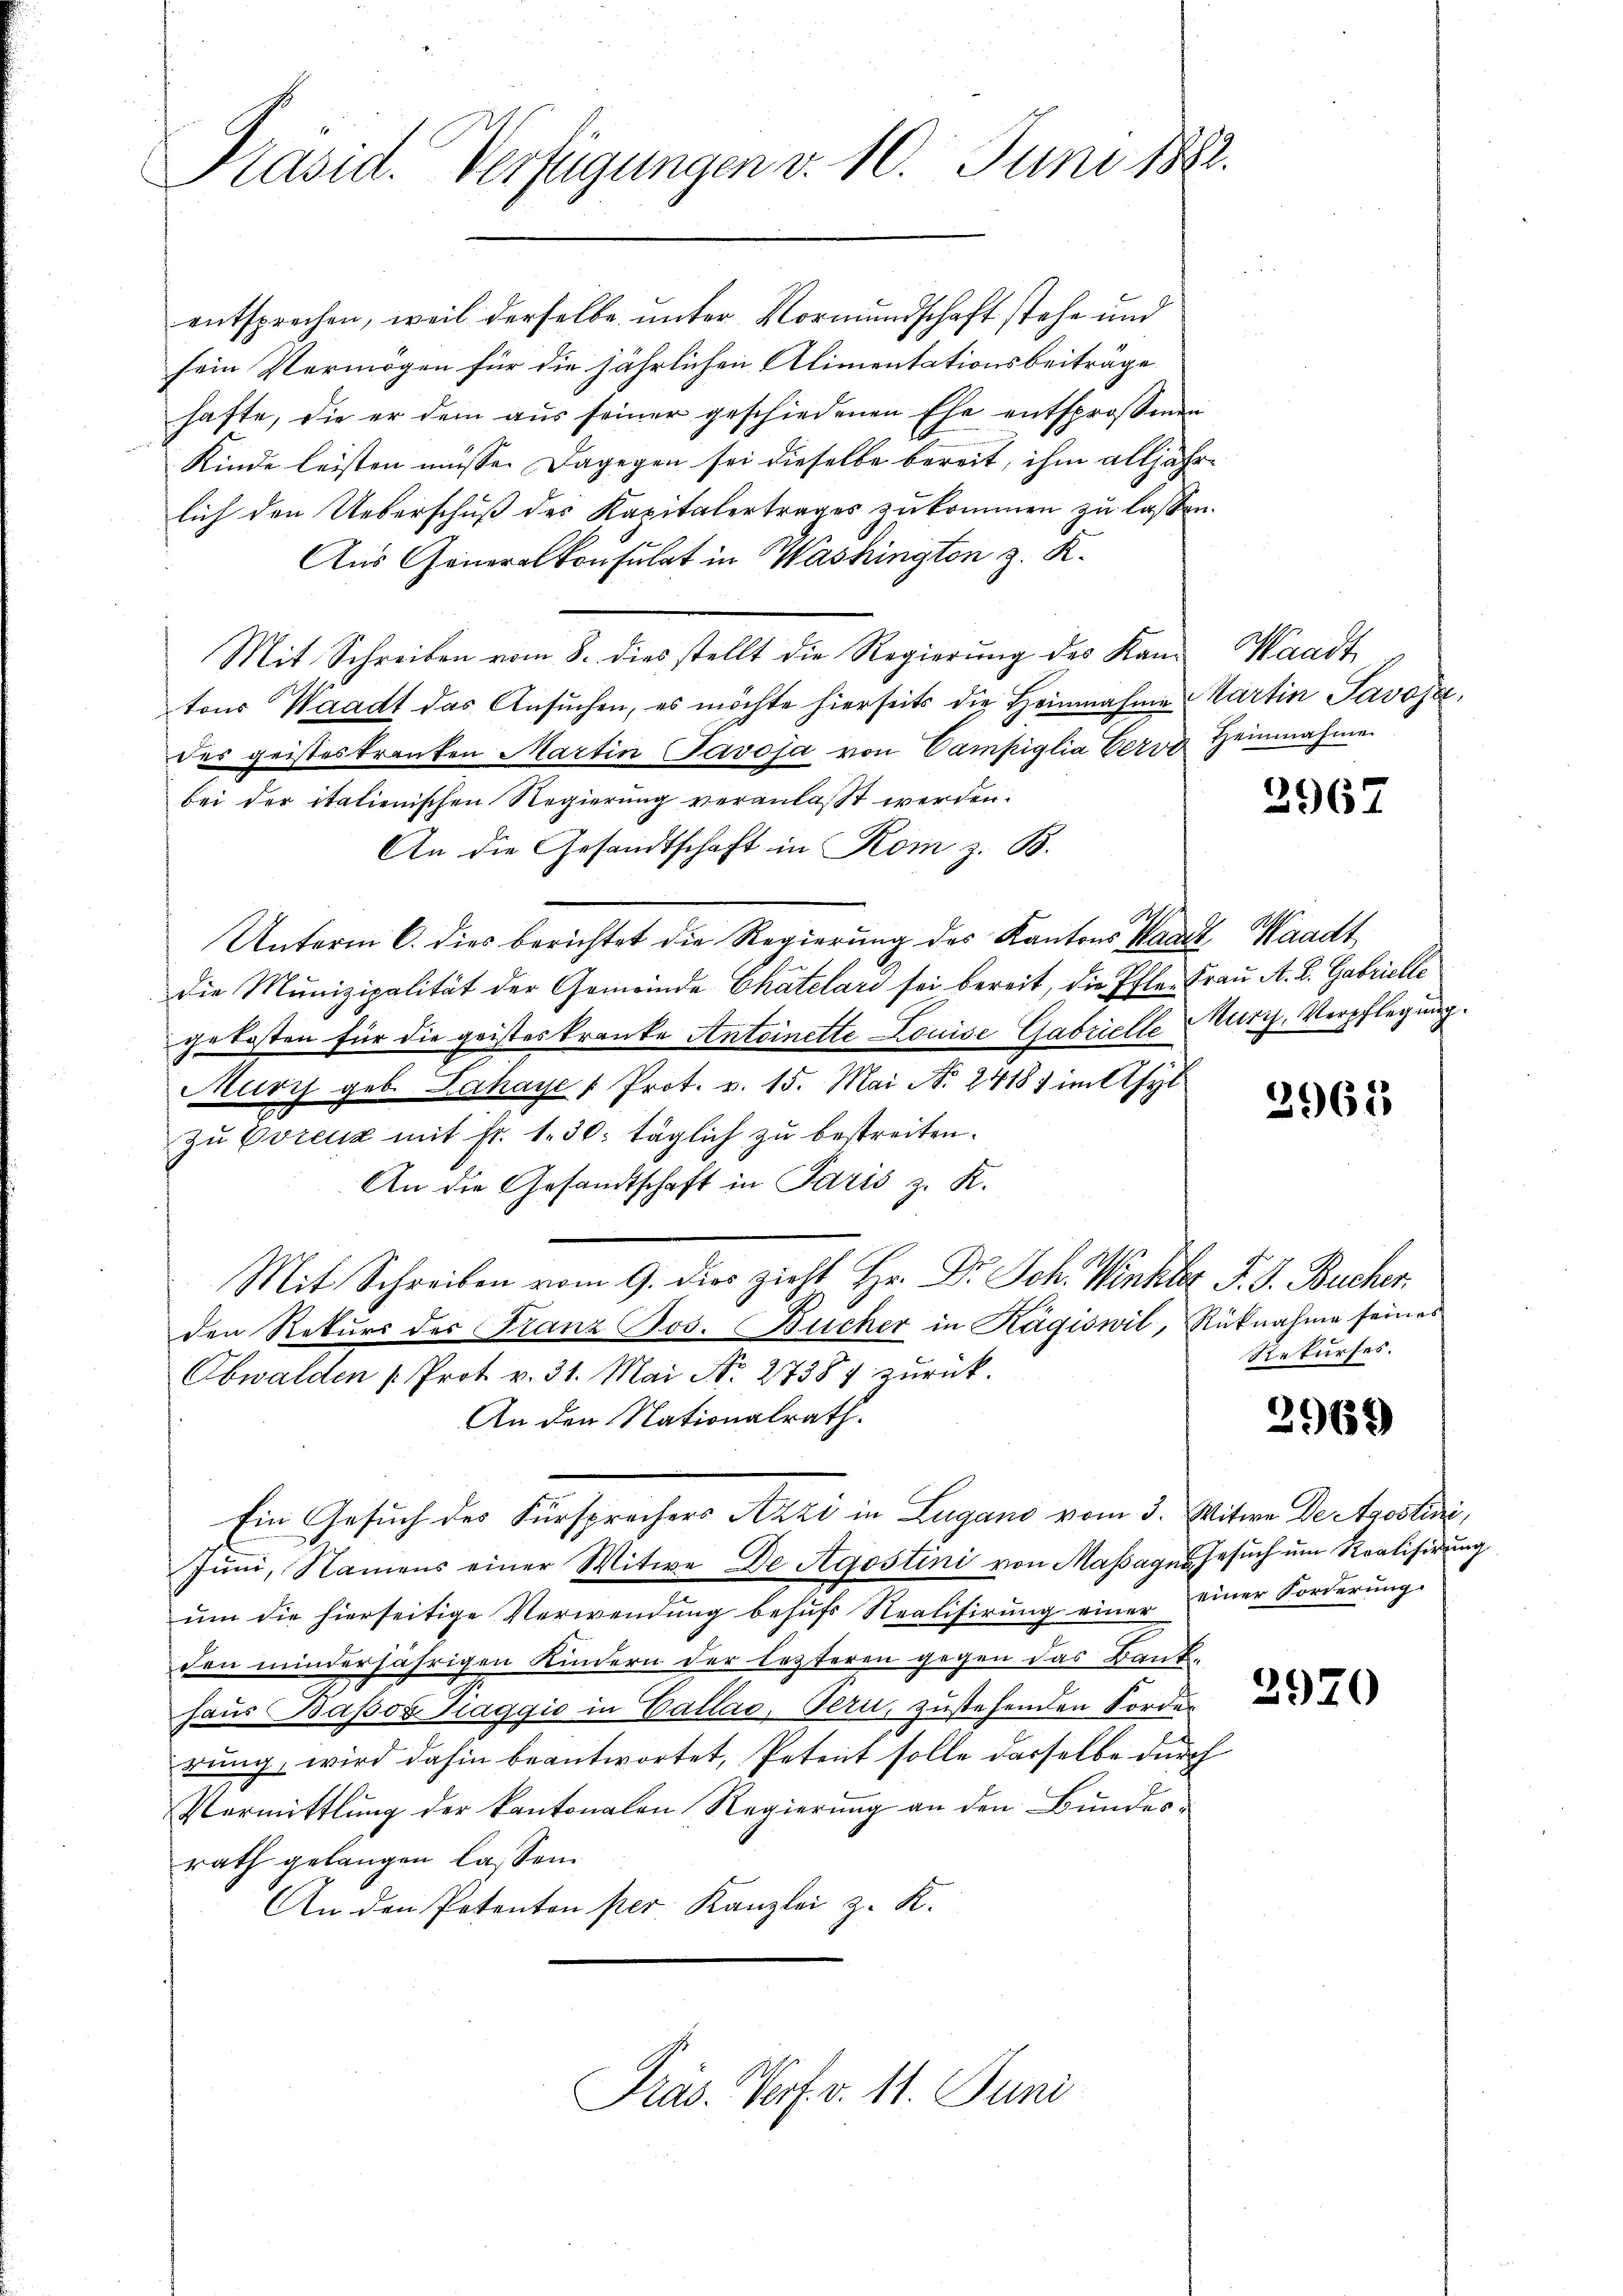
Präsid. Verfügungen v. 10. Juni 1882.

entsprechen, weil derselbe unter Vormundschaft stehe und
sein Vermögen für die jährlichen Alimentationsbeiträge
hafte, die er dem aus seiner geschiedenen Ehe entsprossenen
Kinde leisten müsse. Dagegen sei dieselbe bereit, ihm alljährlich den Ueberschuß des Kapitalertrages zukommen zu lassen.
Aus Generalkonsulat in Washington z. K.
Mit Schreiben vom 8. dies stellt die Regierung des Kan Waadt
tons Waadt das Ansuchen, es möchte hierseits die Heinnahme Kartin Savoja,
des geistes tranten MartinPavoja von Campiglia Ceros Heinnahme
bei der italienischen Regierung veranlasst werden.
An die Gesandtschaft in Kom z. B.
Unterm 6. dies berichtet die Regierung des Kantons Waadt, Waadt
Die Munizipalität der Gemeinde Chatelari sei bereit, die Pfler Frau A. L. Gabrielle
gekosten für die geisteskranke Antoinette Louise Gabrielle Murzz, Verpflegung.
Muris geb. Lahaye / Prot. v. 15. Mai N. 24187 im Asyl
zu Evreuz mit Fr. 1. 30. täglich zu bestreiten.
An die Gesandtschaft in Paris z. K.
Mit Schreiben vom 9. dies zieht Hr. Dr. Joh. Winkler J. J. Bucher
den Rekurs der Franz Jos. Bücher in Kägiswil, Rücknahme seines
Obwalden Prot. v. 31. Mai No 27387 zurück.
An den Nationalrath.
Ein Gesuch des Fürsprechers Azzi in Lugano vom 3. Mitwe Destrostini,
Jŭni, Namens einer Witwe De Agostini von Massages Gesuch um Realisirung
um die hierseitige Verwendung behufs Realisirung einer einer Forderung
den minderjährigen Kindern der lezteren gegen das Bank-
haus Basos Haggio in Callao, Bern, zustehenden Fordes
rung, wird dahin beantwortet, Petent solle derselbe durch
Vermittlung der kantonalen Regierung an den Bundesrath gelangen lassen.
An den Petenten per Kanzlei z. K.

Präs. Verf. v. 11. Juni

2967

A

3965

Rekurses.

2969

2970